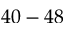
4 0 - 4 8